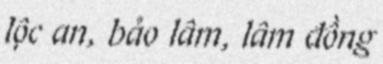
lộc an, bảo lâm, lâm đồng